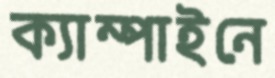
ক্যাম্পাইনে